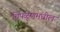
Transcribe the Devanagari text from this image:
चिपळूणमधील